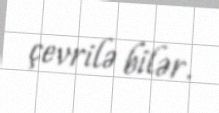
çevrilə bilər.